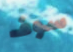
سوف